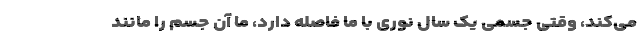
می‌کند، وقتی جسمی یک سال نوری با ما فاصله دارد، ما آن جسم را مانند